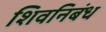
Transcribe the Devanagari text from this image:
शिवनिबंध